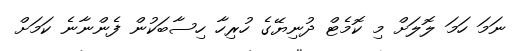
ނަމަ ހަމަ ލޮލަށް މި ކޮމެޓް ދުނިޔޭގެ ހުރިހާ ހިސާބަކުން ފެންނާނެ ކަމަށް